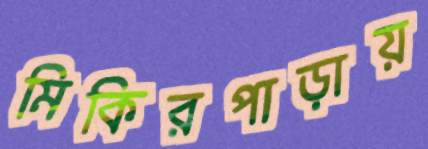
মিকিরপাড়ায়